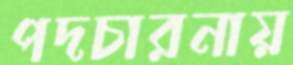
পদচারনায়